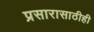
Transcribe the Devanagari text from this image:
प्रसारासाठीही